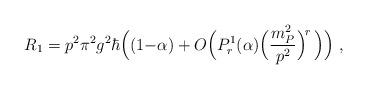
LaTeX: \begin{align*}R_1 = p^2 \pi^2 g^2 \hbar \Big( (1{-}\alpha) + O\Big( P^1_r(\alpha) \Big(\frac{m_P^2}{p^2}\Big)^{\!r}\,\Big)\Big)~,\end{align*}